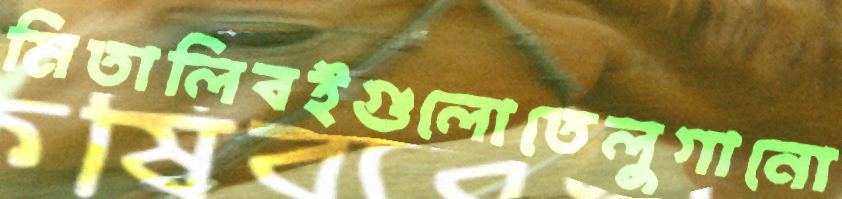
মিতালিবইগুলোতেলুগানো